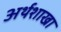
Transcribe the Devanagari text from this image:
अर्थशाखा